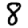
Digit: 8